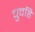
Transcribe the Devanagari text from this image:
चुवहिं